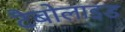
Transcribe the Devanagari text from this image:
टैबोलाइड